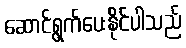
ဆောင်ရွက်ပေးနိုင်ပါသည်